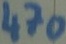
Text: 470